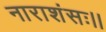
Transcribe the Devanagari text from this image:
नाराशंसः।।